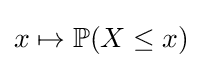
x\mapsto \mathbb {P} (X\leq x)